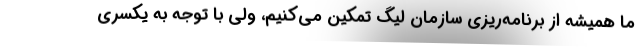
ما همیشه از برنامه‌ریزی سازمان لیگ تمکین می‌کنیم، ولی با توجه به یکسری